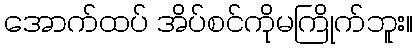
အောက်ထပ် အိပ်စင်ကိုမကြိုက်ဘူး။